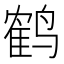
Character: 鹤